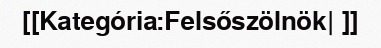
[[Kategória:Felsőszölnök| ]]